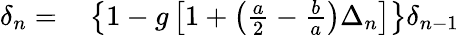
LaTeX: \begin{array}{rl}{\delta_{n}=}&{{}\left\{ 1-g\left[1+\left(\frac{a}{2}-\frac{b}{a}\right)\Delta_{n}\right]\right\} \delta_{n-1}}\end{array}